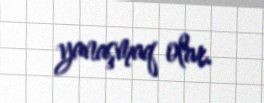
yanaşmaq olar.